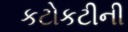
કટોકટીની